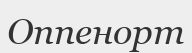
Оппенорт